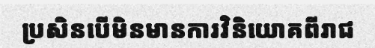
ប្រសិនបើមិនមានការវិនិយោគពីរាជ